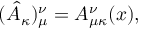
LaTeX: ( \hat { A } _ { \kappa } ) _ { \mu } ^ { \nu } = A _ { \mu \kappa } ^ { \nu } ( x ) ,